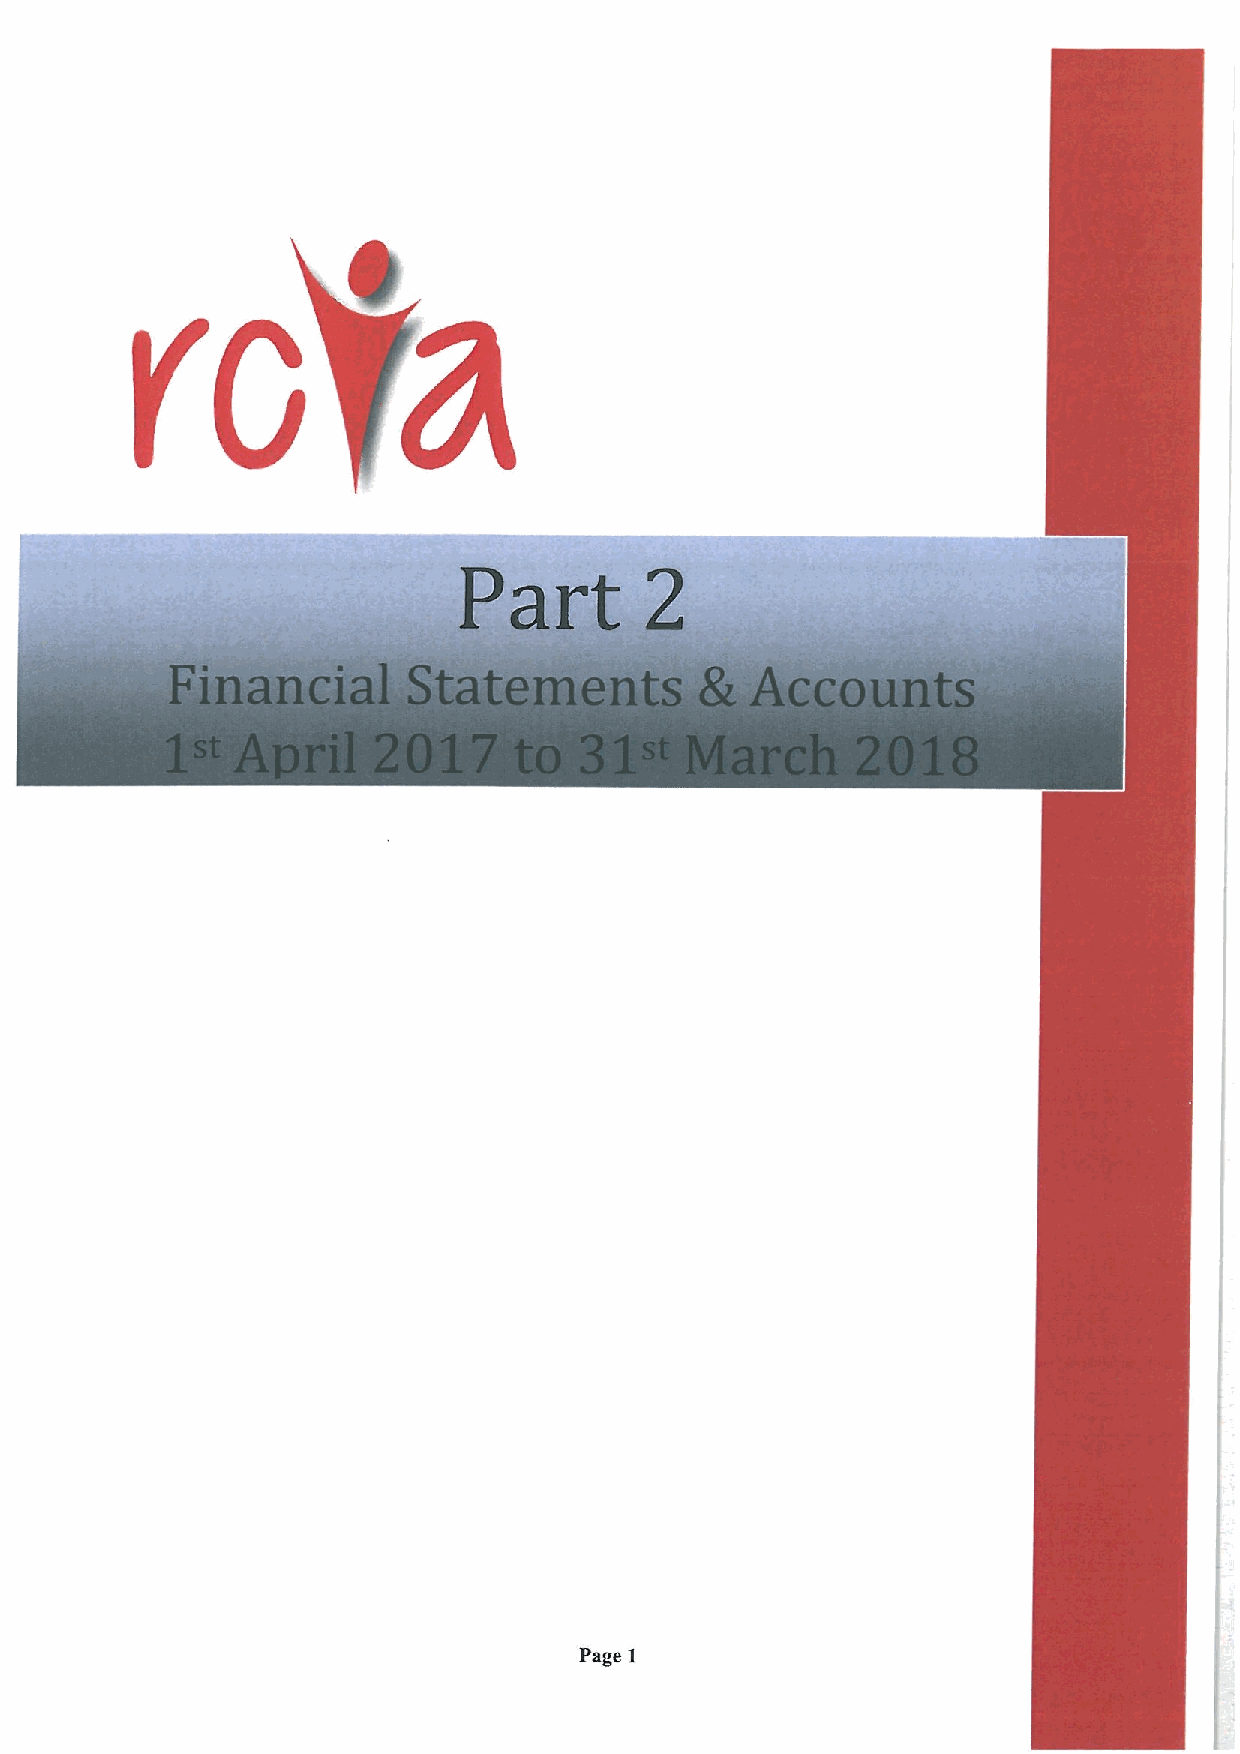
Page 1